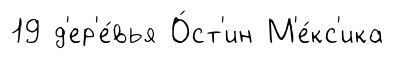
19 д'ер'е́вья О́ст'ин М'е́кс'ика